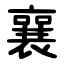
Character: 襄